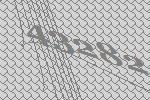
43282